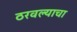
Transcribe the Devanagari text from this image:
ठरवल्याचा